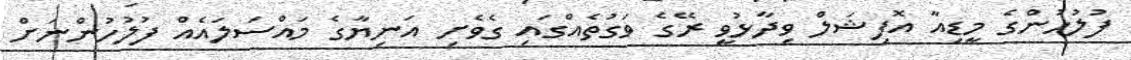
ފުލުހުންގެ މީޑިއާ އޮފިޝަލް ވިދާޅުވީ ރޭގެ ވަގުތެއްގައި ގެވެށި އަނިޔާގެ މައްސަލައެއް ފުލުހުންނަށް